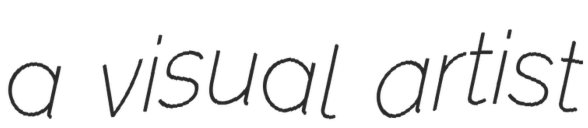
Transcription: a visual artist